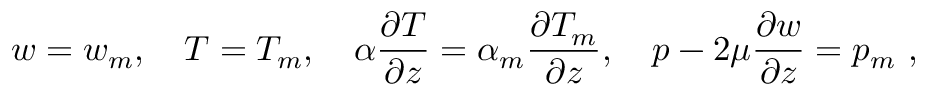
w = w _ { m } , \quad T = T _ { m } , \quad \alpha \frac { \partial T } { \partial z } = \alpha _ { m } \frac { \partial T _ { m } } { \partial z } , \quad p - 2 \mu \frac { \partial w } { \partial z } = p _ { m } ~ ,